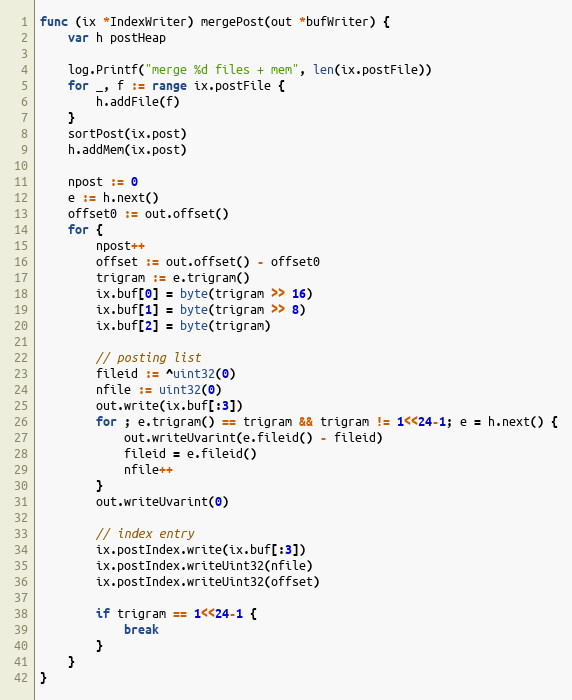
Language: Go
func (ix *IndexWriter) mergePost(out *bufWriter) {
	var h postHeap

	log.Printf("merge %d files + mem", len(ix.postFile))
	for _, f := range ix.postFile {
		h.addFile(f)
	}
	sortPost(ix.post)
	h.addMem(ix.post)

	npost := 0
	e := h.next()
	offset0 := out.offset()
	for {
		npost++
		offset := out.offset() - offset0
		trigram := e.trigram()
		ix.buf[0] = byte(trigram >> 16)
		ix.buf[1] = byte(trigram >> 8)
		ix.buf[2] = byte(trigram)

		// posting list
		fileid := ^uint32(0)
		nfile := uint32(0)
		out.write(ix.buf[:3])
		for ; e.trigram() == trigram && trigram != 1<<24-1; e = h.next() {
			out.writeUvarint(e.fileid() - fileid)
			fileid = e.fileid()
			nfile++
		}
		out.writeUvarint(0)

		// index entry
		ix.postIndex.write(ix.buf[:3])
		ix.postIndex.writeUint32(nfile)
		ix.postIndex.writeUint32(offset)

		if trigram == 1<<24-1 {
			break
		}
	}
}